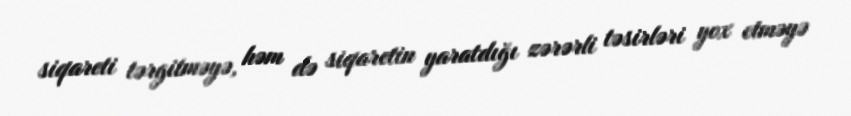
siqareti tərgitməyə, həm də siqaretin yaratdığı zərərli təsirləri yox etməyə